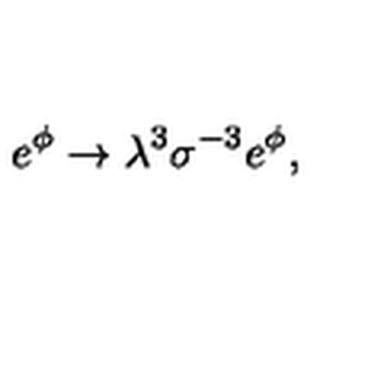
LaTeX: { e ^ { \phi } \rightarrow { \lambda } ^ { 3 } { \sigma } ^ { - 3 } e ^ { \phi } , }